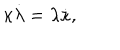
\kappa \dot { \lambda } = \lambda \dot { \kappa } ,